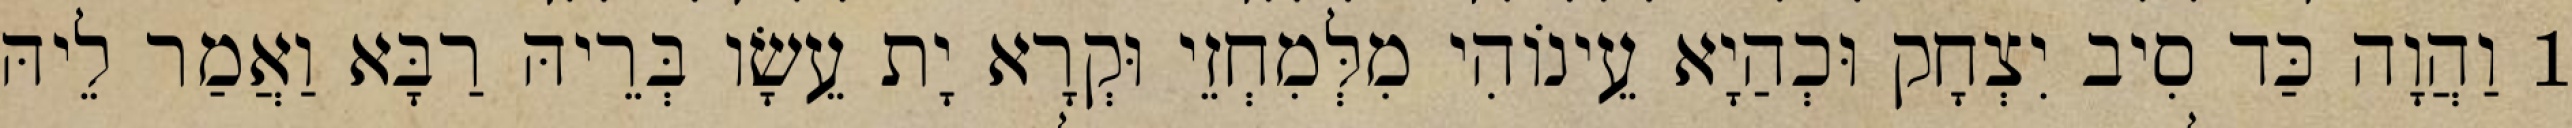
1 וַהֲוָה כַּד סִיב יִצְחָק וּכְהַיָא עֵינוֹהִי מִלְּמִחְזֵי וּקְרָא יָת עֵשָׂו בְּרֵיהּ רַבָּא וַאֲמַר לֵיהּ